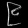
Digit: ၉